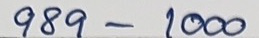
989 - 1000